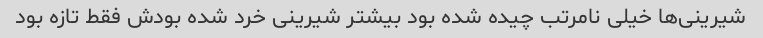
شیرینی‌ها خیلی نامرتب چیده شده بود بیشتر شیرینی خرد شده بودش فقط تازه بود